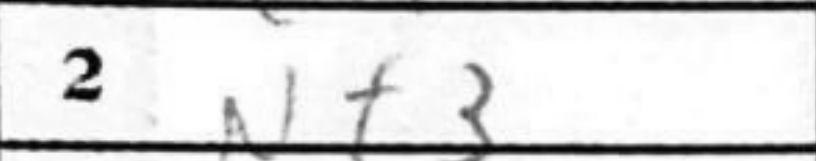
Transcription: Nf3